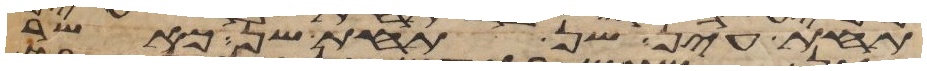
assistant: תחת עין שן תחת שן כאשר